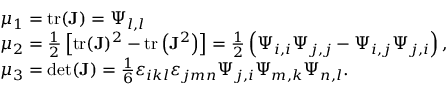
\begin{array} { r l } & { \mu _ { 1 } = \operatorname { t r } ( \mathbf { J } ) = \Psi _ { l , l } } \\ & { \mu _ { 2 } = \frac { 1 } { 2 } \left[ \operatorname { t r } ( \mathbf { J } ) ^ { 2 } - \operatorname { t r } \left( \mathbf { J } ^ { 2 } \right) \right] = \frac { 1 } { 2 } \left( \Psi _ { i , i } \Psi _ { j , j } - \Psi _ { i , j } \Psi _ { j , i } \right) , } \\ & { \mu _ { 3 } = \det ( \mathbf { J } ) = \frac { 1 } { 6 } \varepsilon _ { i k l } \varepsilon _ { j m n } \Psi _ { j , i } \Psi _ { m , k } \Psi _ { n , l } . } \end{array}